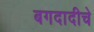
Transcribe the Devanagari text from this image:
बगदादीचे